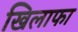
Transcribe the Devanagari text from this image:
खिलाफा